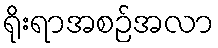
ရိုးရာအစဉ်အလာ